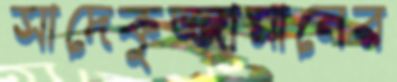
সাদেকুজ্জামানের